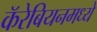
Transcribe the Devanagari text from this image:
कॅरेबियनमध्ये